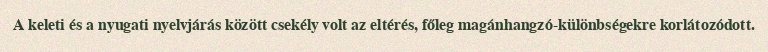
A keleti és a nyugati nyelvjárás között csekély volt az eltérés, főleg magánhangzó-különbségekre korlátozódott.